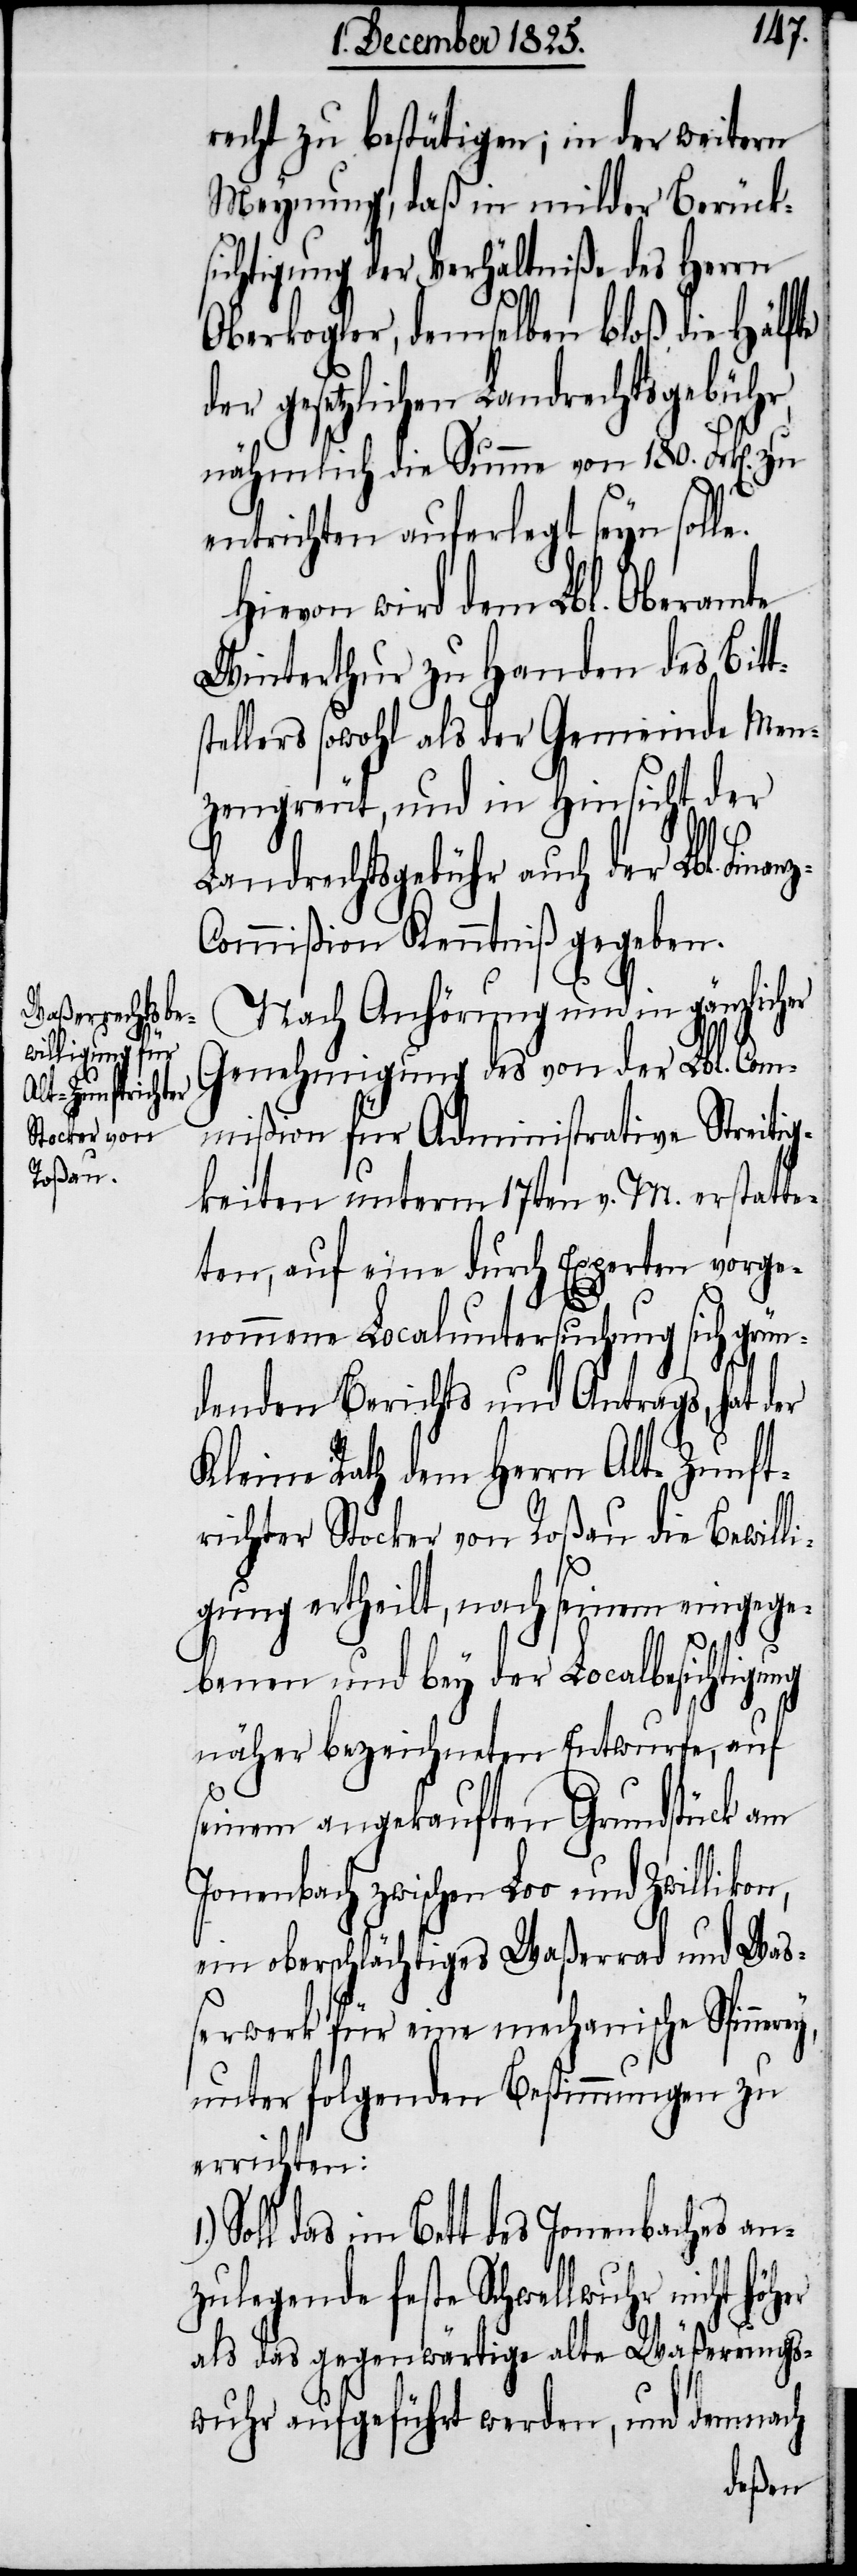
recht zu bestätigen; in der weitern
Meynung, daß in milder Berück¬
sichtigung der Verhältniße des Herrn
Oberkogler, demselben bloß die Hälfte
gesetzlichen Landrechtsgebühr,
nähmlich die Summe von 180. Frk[en].
entrichten auferlegt seyn solle.
Hievon wird dem Lbl. Oberamte
Winterthur zu Handen des Bitt¬
tellers sowohl als der Gemeinde Men¬
zengreut, und in Hinsicht der
Landrechtsgebühr auch der Lbl. Fina¬
ommißion Kenntniß gegeben.
Nach Anhörung und in gänzlicher
Genehmigung des von der Lbl. Com¬
mißion für Administrative Streitig¬
keiten unterm 17ten v. M. erstatte¬
ten, auf eine durch Experten vorge¬
nz-C¬
nommene Localuntersuchung sich grün¬
denden Berichts und Antrags, hat der
Kleine Rath dem Herrn Alt-Zunft¬
richter Stocker von Roßau die Bewilli¬
gung ertheilt, nach seinem eingege¬
benen und bey der Localbesichtigung
näher bezeichneten Entwurfe, auf
seinem angekauften Grundstück am
ein oberschlächtiges Waßerrad und Waß¬
erwerk für eine mechanische Spinnerey,
unter folgenden Bestimmungen zu
errichten:
Soll das im Bett des Jonenbaches an¬
zulegende feste Schwellwuhr nicht
als das gegenwärtige alte Wäßerungs¬
wuhr aufgeführt werden, und demnach